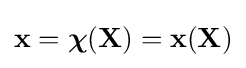
\mathbf {x} ={\boldsymbol {\chi }}(\mathbf {X} )=\mathbf {x} (\mathbf {X} )